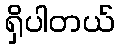
ရှိပါတယ်